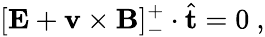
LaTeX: [\mathbf{E}+\mathbf{v}\times\mathbf{B}]_{-}^{+}\cdot\hat{\mathbf{t}}=0~,